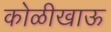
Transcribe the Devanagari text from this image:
कोळीखाऊ